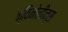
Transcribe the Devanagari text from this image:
क्विनोलीन्स